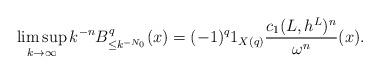
LaTeX: \begin{align*}\limsup_{k\rightarrow \infty}k^{-n}B^q_{\leq k^{-N_0}}(x)= (-1)^q 1_{{X}(q)}\frac{c_1({L},h^{{L}})^n}{{\omega}^n}({x}).\end{align*}